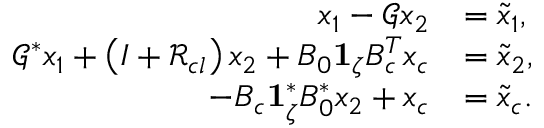
\begin{array} { r l } { x _ { 1 } - \mathcal { G } x _ { 2 } } & { = \tilde { x } _ { 1 } , } \\ { \mathcal { G } ^ { * } x _ { 1 } + \left( I + \mathcal { R } _ { c l } \right) x _ { 2 } + B _ { 0 } \mathbf { 1 } _ { \zeta } B _ { c } ^ { T } x _ { c } } & { = \tilde { x } _ { 2 } , } \\ { - B _ { c } \mathbf { 1 } _ { \zeta } ^ { * } B _ { 0 } ^ { * } x _ { 2 } + x _ { c } } & { = \tilde { x } _ { c } . } \end{array}